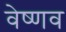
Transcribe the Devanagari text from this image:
वेष्णव